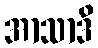
အာသာဒိ